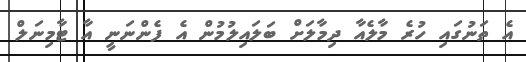
އެ ތަނުގައި ހުރެ މާލެއާ ދިމާލަށް ބަލައިލުމުން އެ ފެންނަނީ އާ ޓާމިނަލް